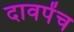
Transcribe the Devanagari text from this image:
दावपेंच